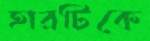
হারটিকে